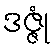
ဒဇ္ဇုံ